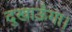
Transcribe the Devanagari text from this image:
दुखाऊँगा।